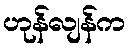
ဟုန်လျန်က